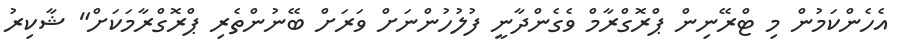
އެހެންކަމުން މި ޓްރޭނިން ޕްރޮގްރާމް ވެގެންދާނީ ފުލުހުންނަށް ވަރަށް ބޭނުންތެރި ޕްރޮގްރާމަކަށް" ޝާކިރު